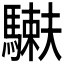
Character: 𩥲